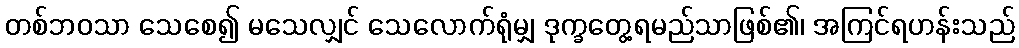
တစ်ဘဝသာ သေစေ၍ မသေလျှင် သေလောက်ရုံမျှ ဒုက္ခတွေ့ရမည်သာဖြစ်၏၊ အကြင်ရဟန်းသည်